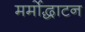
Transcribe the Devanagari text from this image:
मर्मोद्धाटन